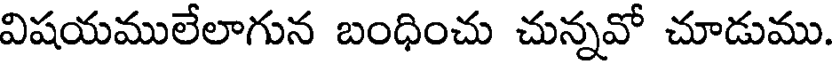
విషయములేలాగున బంధించు చున్నవో చూడుము.